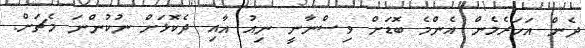
ދެން އަހަރެމެން އެންމެ ބޮޑަށް ވިސްނާނީ ނިއު އާއި ދެކޮޅަށް ނުކުންނަ މެޗަށް.